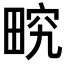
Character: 𤲏